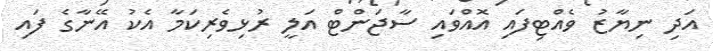
އަދި ނިޔާޒު ވެއްޓިފައި އޮއްވައި ސާޖަންޓް އަލީ ރުޅިވެރިކަމާ އެކު އޭނާގެ ފައި